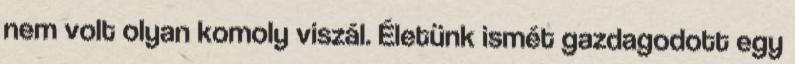
nem volt olyan komoly viszál. Életünk ismét gazdagodott egy